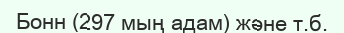
Бонн (297 мың адам) және т.б.